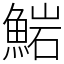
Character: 𩸶